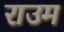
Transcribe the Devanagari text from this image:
राउम